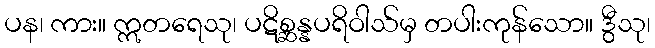
ပန၊ ကား။ ဣတရေသု၊ ပဋိစ္ဆန္နပရိဝါသ်မှ တပါးကုန်သော။ ဒွီသု၊